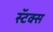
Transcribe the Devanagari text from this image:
स्टॅक्स